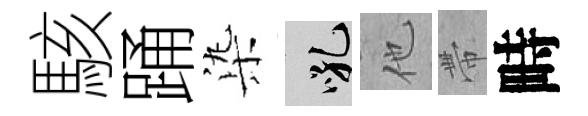
駭踊𣑱吼他帶畤